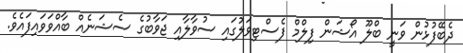
ދެބޭފުޅުން ވަނީ ބްލޫ އޯޝަން ފިލްމް ފެސްޓިވަލުގައި ސުވާލާއި ޖަވާބުގެ ސެޝަނެއް ބާއްވަވައިފައެވެ.